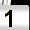
Digit: 1